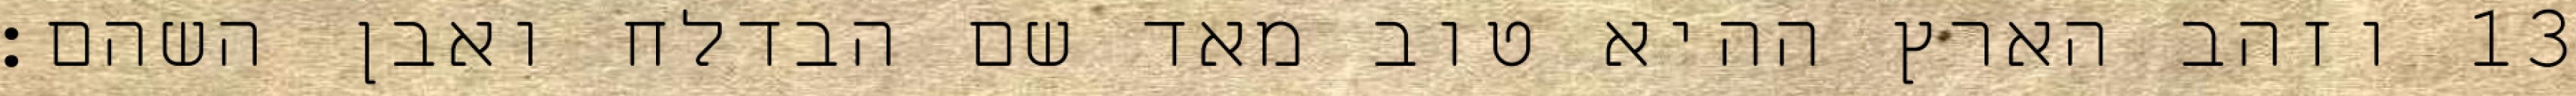
וזהב הארץ ההיא טוב מאד שם הבדלח ואבן השהם׃ ‎13‏